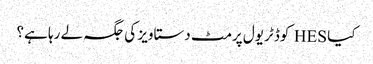
کیا HES کوڈ ٹریول پرمٹ دستاویز کی جگہ لے رہا ہے؟